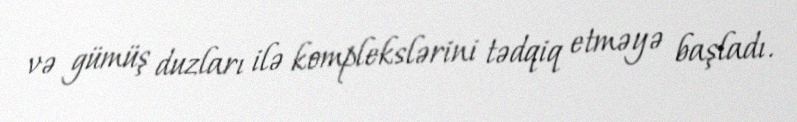
və gümüş duzları ilə komplekslərini tədqiq etməyə başladı.